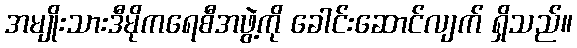
အမျိုးသားဒီမိုကရေစီအဖွဲ့ကို ခေါင်းဆောင်လျက် ရှိသည်။